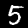
Label: 5